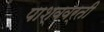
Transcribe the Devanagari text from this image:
पाश्ववर्ती